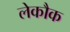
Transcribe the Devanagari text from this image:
लेकौक